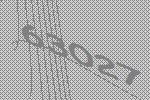
63027